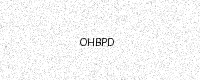
Text: OHBPD